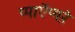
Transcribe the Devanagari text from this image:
प्पाऍप्पऱे